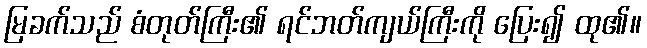
မြခက်သည် စံတုတ်ကြီး၏ ရင်ဘတ်ကျယ်ကြီးကို ပြေး၍ ထု၏။